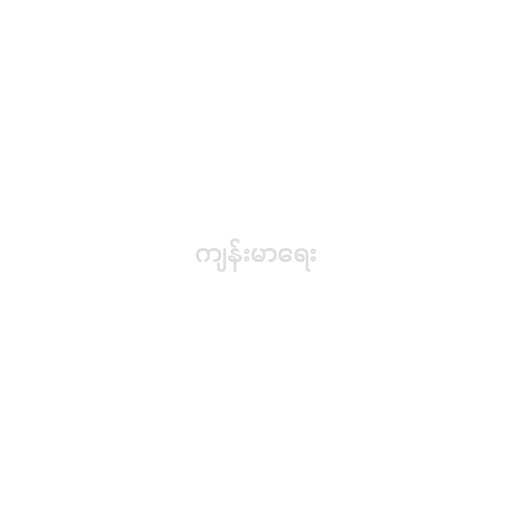
ကျန်းမာရေး